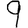
Digit: 9